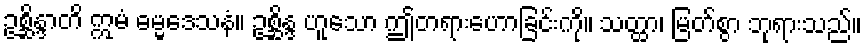
ဥစ္ဆိန္ဒာတိ ဣမံ ဓမ္မဒေသနံ။ ဥစ္ဆိန္ဒ ဟူသော ဤတရားဟောခြင်းကို။ သတ္ထာ၊ မြတ်စွာ ဘုရားသည်။